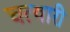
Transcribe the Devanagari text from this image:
चत्वारी